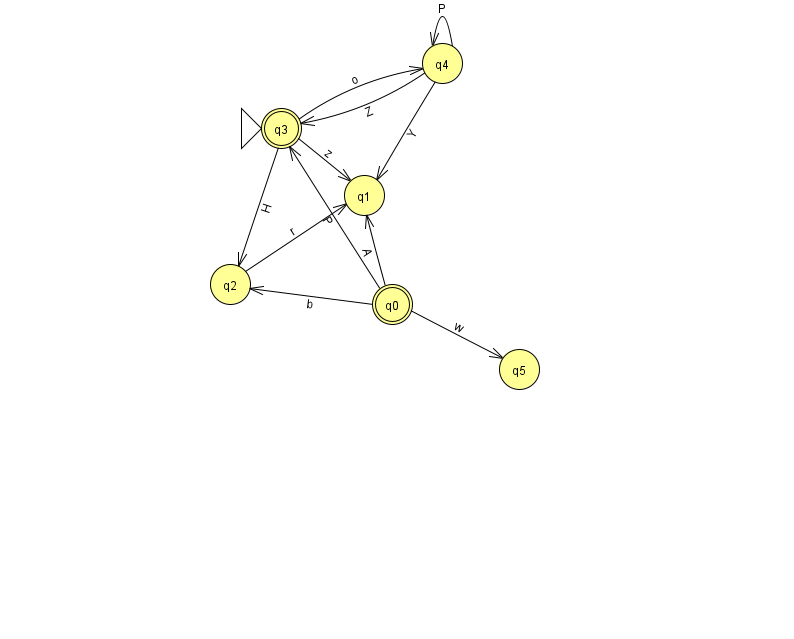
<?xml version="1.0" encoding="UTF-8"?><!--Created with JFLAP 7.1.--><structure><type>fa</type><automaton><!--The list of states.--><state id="0" name="q0"><x>392.0</x><y>291.0</y><final/></state><state id="1" name="q1"><x>364.0</x><y>182.0</y></state><state id="2" name="q2"><x>230.0</x><y>271.0</y></state><state id="3" name="q3"><x>281.0</x><y>115.0</y><initial/><final/></state><state id="4" name="q4"><x>442.0</x><y>50.0</y></state><state id="5" name="q5"><x>519.0</x><y>356.0</y></state><!--The list of transitions.--><transition><from>3</from><to>1</to><read>z</read></transition><transition><from>4</from><to>4</to><read>P</read></transition><transition><from>4</from><to>1</to><read>Y</read></transition><transition><from>0</from><to>2</to><read>b</read></transition><transition><from>0</from><to>3</to><read>P</read></transition><transition><from>0</from><to>5</to><read>w</read></transition><transition><from>2</from><to>1</to><read>r</read></transition><transition><from>3</from><to>2</to><read>H</read></transition><transition><from>4</from><to>3</to><read>Z</read></transition><transition><from>3</from><to>4</to><read>o</read></transition><transition><from>0</from><to>1</to><read>A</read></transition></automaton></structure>